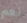
نعم